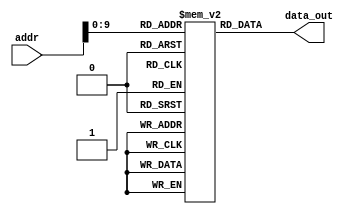
module instruction_memory(
    input [31:0] addr,	
    output reg [31:0] data_out
);
    reg [31:0] mem [0:1023]; // Assuming 1024 32-bit words in memory

    always @(addr) begin
        data_out = mem[addr];
    end

    initial begin
        // Set instructions directly in the memory array
        mem[0] = 32'h08CA0052; // addi $5, $3, 10  => R5 = R3 + 10 : R5 = 13 => 0x0000000D
        mem[1] = 32'h0955FFDA; // addi $10, $5, -5 => R10 = R5 + (-5) : R10 = 8
        mem[2] = 32'h08861000; // add $3, $2, $1   => R3 = R2 + R1 : R3 = 3 
        mem[3] = 32'h00C81000; // and $4, $3, $1   => R4 = R3 & R1 : R4 = 1 
        mem[4] = 32'h10CA4000; // sub $5, $3, $4   => R5 = R3 - R4 : R5 = 2
        mem[5] = 32'h19060002; // SW $3, 0($4)     => Mem[1] = R3 : Mem[1] = 3   
        mem[6] = 32'h00480106; //SLL R4, R1, 2 => R4 = R1 << 2 : R4 = 4
        mem[7] = 32'h07FFFFEC; // J -3
        //mem[7] = 32'hFFFFFEC; // JAL
    end
endmodule